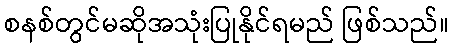
စနစ်တွင်မဆိုအသုံးပြုနိုင်ရမည် ဖြစ်သည်။